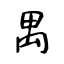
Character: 禺